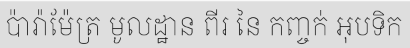
ប៉ារ៉ាម៉ែត្រ មូលដ្ឋាន ពីរ នៃ កញ្ចក់ អុបទិក